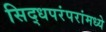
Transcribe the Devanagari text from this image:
सिद्धपरंपरांमध्ये